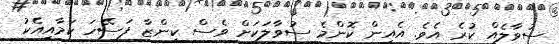
ސުވާލެއް ކުރެ އެވެ. އެއިން ކޮންމެ ސުވާލަކަށް ވެސް ކިންޒާ ފަސޭހަ ކަމާއިއެކު